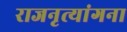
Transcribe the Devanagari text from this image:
राजनृत्यांगना